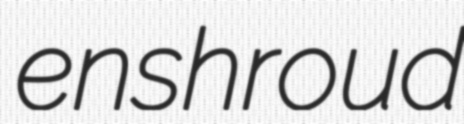
enshroud